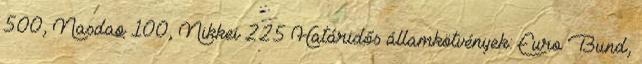
500, Nasdaq 100, Nikkei 225 Határidős államkötvények: Euro Bund,